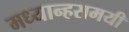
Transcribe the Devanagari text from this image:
मध्यान्हसमयी